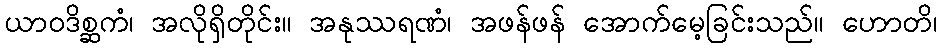
ယာဝဒိစ္ဆကံ၊ အလိုရှိတိုင်း။ အနုဿရဏံ၊ အဖန်ဖန် အောက်မေ့ခြင်းသည်။ ဟောတိ၊